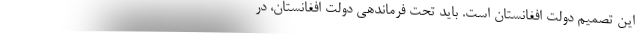
این تصمیم دولت افغانستان است. باید تحت فرماندهی دولت افغانستان، در